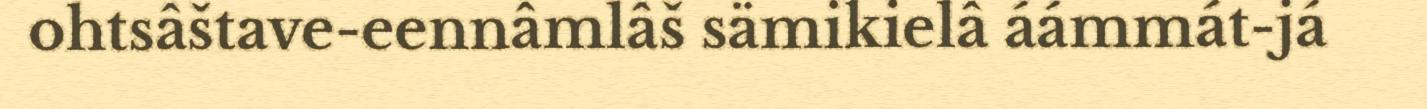
ohtsâštave-eennâmlâš sämikielâ áámmát-já